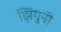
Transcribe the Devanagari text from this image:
झिंगुनी